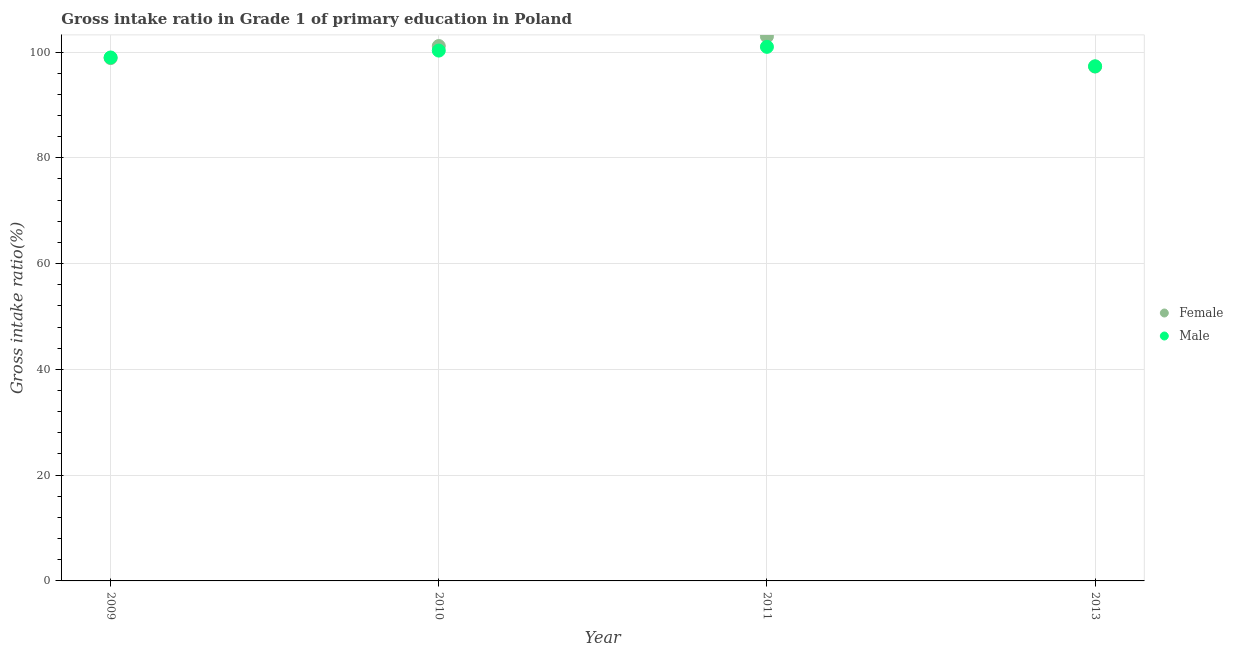
| Year | Female | Male |
 | --- | --- | --- |
 | 2009 | 98.9 | 99 |
 | 2010 | 101 | 100 |
 | 2011 | 103 | 101 |
 | 2013 | 97.2 | 97.3 |